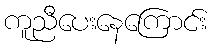
ကူညီပေးနေကြောင်း